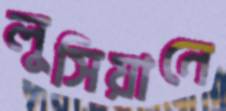
লুসিয়ানে